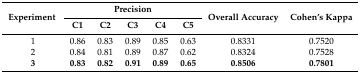
<table><thead><tr><td rowspan="2"><b>Experiment</b></td><td colspan="5"><b>Precision</b></td><td rowspan="2"><b>Overall Accuracy</b></td><td rowspan="2"><b>Cohen’s Kappa</b></td></tr><tr><td><b>C1</b></td><td><b>C2</b></td><td><b>C3</b></td><td><b>C4</b></td><td><b>C5</b></td></tr></thead><tbody><tr><td>1</td><td>0.86</td><td>0.83</td><td>0.89</td><td>0.85</td><td>0.63</td><td>0.8331</td><td>0.7520</td></tr><tr><td>2</td><td>0.84</td><td>0.81</td><td>0.89</td><td>0.87</td><td>0.62</td><td>0.8324</td><td>0.7528</td></tr><tr><td><b>3</b></td><td><b>0.83</b></td><td><b>0.82</b></td><td><b>0.91</b></td><td><b>0.89</b></td><td><b>0.65</b></td><td><b>0.8506</b></td><td><b>0.7801</b></td></tr></tbody></table>